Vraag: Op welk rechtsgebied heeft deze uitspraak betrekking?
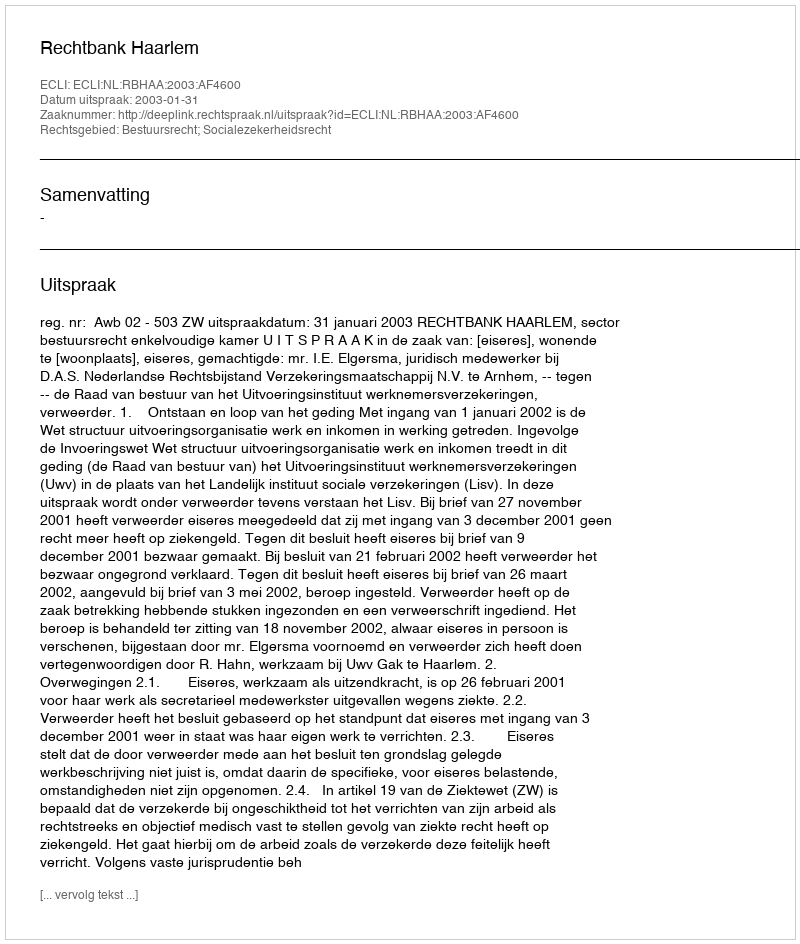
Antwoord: Bestuursrecht; Socialezekerheidsrecht